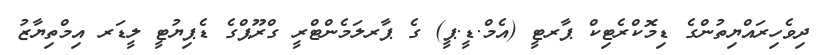
ދިވެހިރައްޔިތުންގެ ޑިމޮކްރެޓިކް ޕާރޓީ (އެމް.ޑީ.ޕީ) ގެ ޕާރލަމެންޓްރީ ގްރޫޕްގެ ޑެޕިޔުޓީ ލީޑަރ އިމްތިޔާޒު